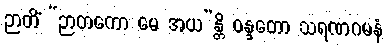
ဉာတိံ “ဉာတကော မေ အယ”န္တိ ဝန္ဒတော သရဏဂမနံ